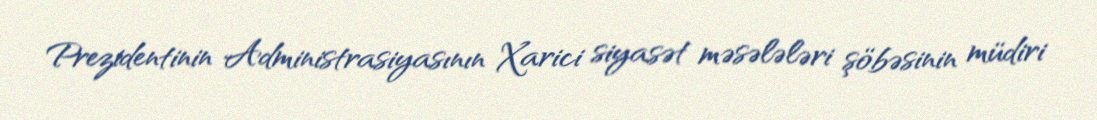
Prezidentinin Administrasiyasının Xarici siyasət məsələləri şöbəsinin müdiri